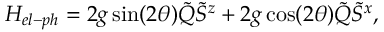
H _ { e l - p h } = 2 g \sin ( 2 \theta ) \tilde { Q } \tilde { S } ^ { z } + 2 g \cos ( 2 \theta ) \tilde { Q } \tilde { S } ^ { x } ,